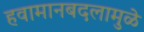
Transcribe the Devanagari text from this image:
हवामानबदलामुळे